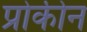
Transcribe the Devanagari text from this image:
प्रोकीन